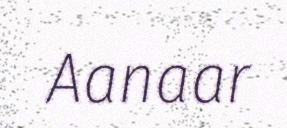
Aanaar